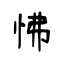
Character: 怫